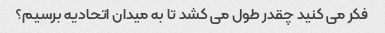
فکر می کنید چقدر طول می کشد تا به میدان اتحادیه برسیم؟